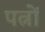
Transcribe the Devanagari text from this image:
पत्नों